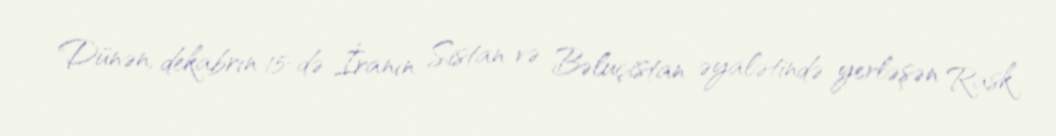
Dünən, dekabrın 15-də İranın Sistan və Bəluçistan əyalətində yerləşən Rask